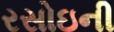
રસોઇની